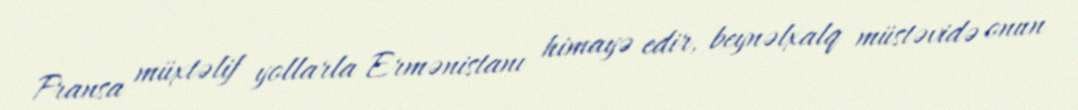
Fransa müxtəlif yollarla Ermənistanı himayə edir, beynəlxalq müstəvidə onun